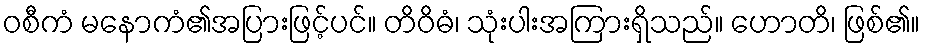
ဝစီကံ မနောကံ၏အပြားဖြင့်ပင်။ တိဝိဓံ၊ သုံးပါးအကြားရှိသည်။ ဟောတိ၊ ဖြစ်၏။